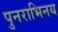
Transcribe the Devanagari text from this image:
पुनराभिनय